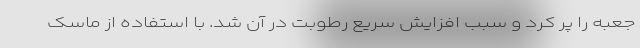
جعبه را پر کرد و سبب افزایش سریع رطوبت در آن شد. با استفاده از ماسک